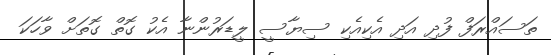
ތަސައްރަފް ފުދި އަދި އެކިއެކި ސިޔާސީ ލީޑަރުންނާ އެކު ގޮތް ގޮތަށް ވާހަކަ